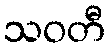
သဝတီ